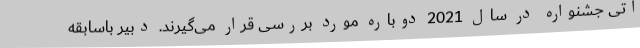
آتی جشنواره در سال 2021 دوباره مورد بررسی قرار می‌گیرند. دبیر باسابقه